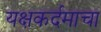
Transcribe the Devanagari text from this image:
यक्षकर्दमाचा